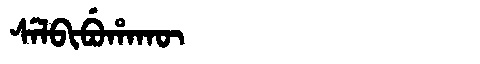
Manchu: ᠰᡝᠯᠪᡳᠪᡠᡥᠠᡴᡡ
Romanization: SELBIBUHAKŪ